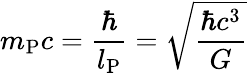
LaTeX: m_{\mathrm{P}}c={\frac{\hbar}{l_{\mathrm{P}}}}={\sqrt{\frac{\hbar c^{3}}{G}}}